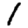
Digit: 1